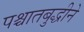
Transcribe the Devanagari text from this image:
पश्चातबुद्धीने